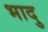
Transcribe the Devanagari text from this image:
भादु